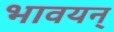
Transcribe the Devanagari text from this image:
भावयन्